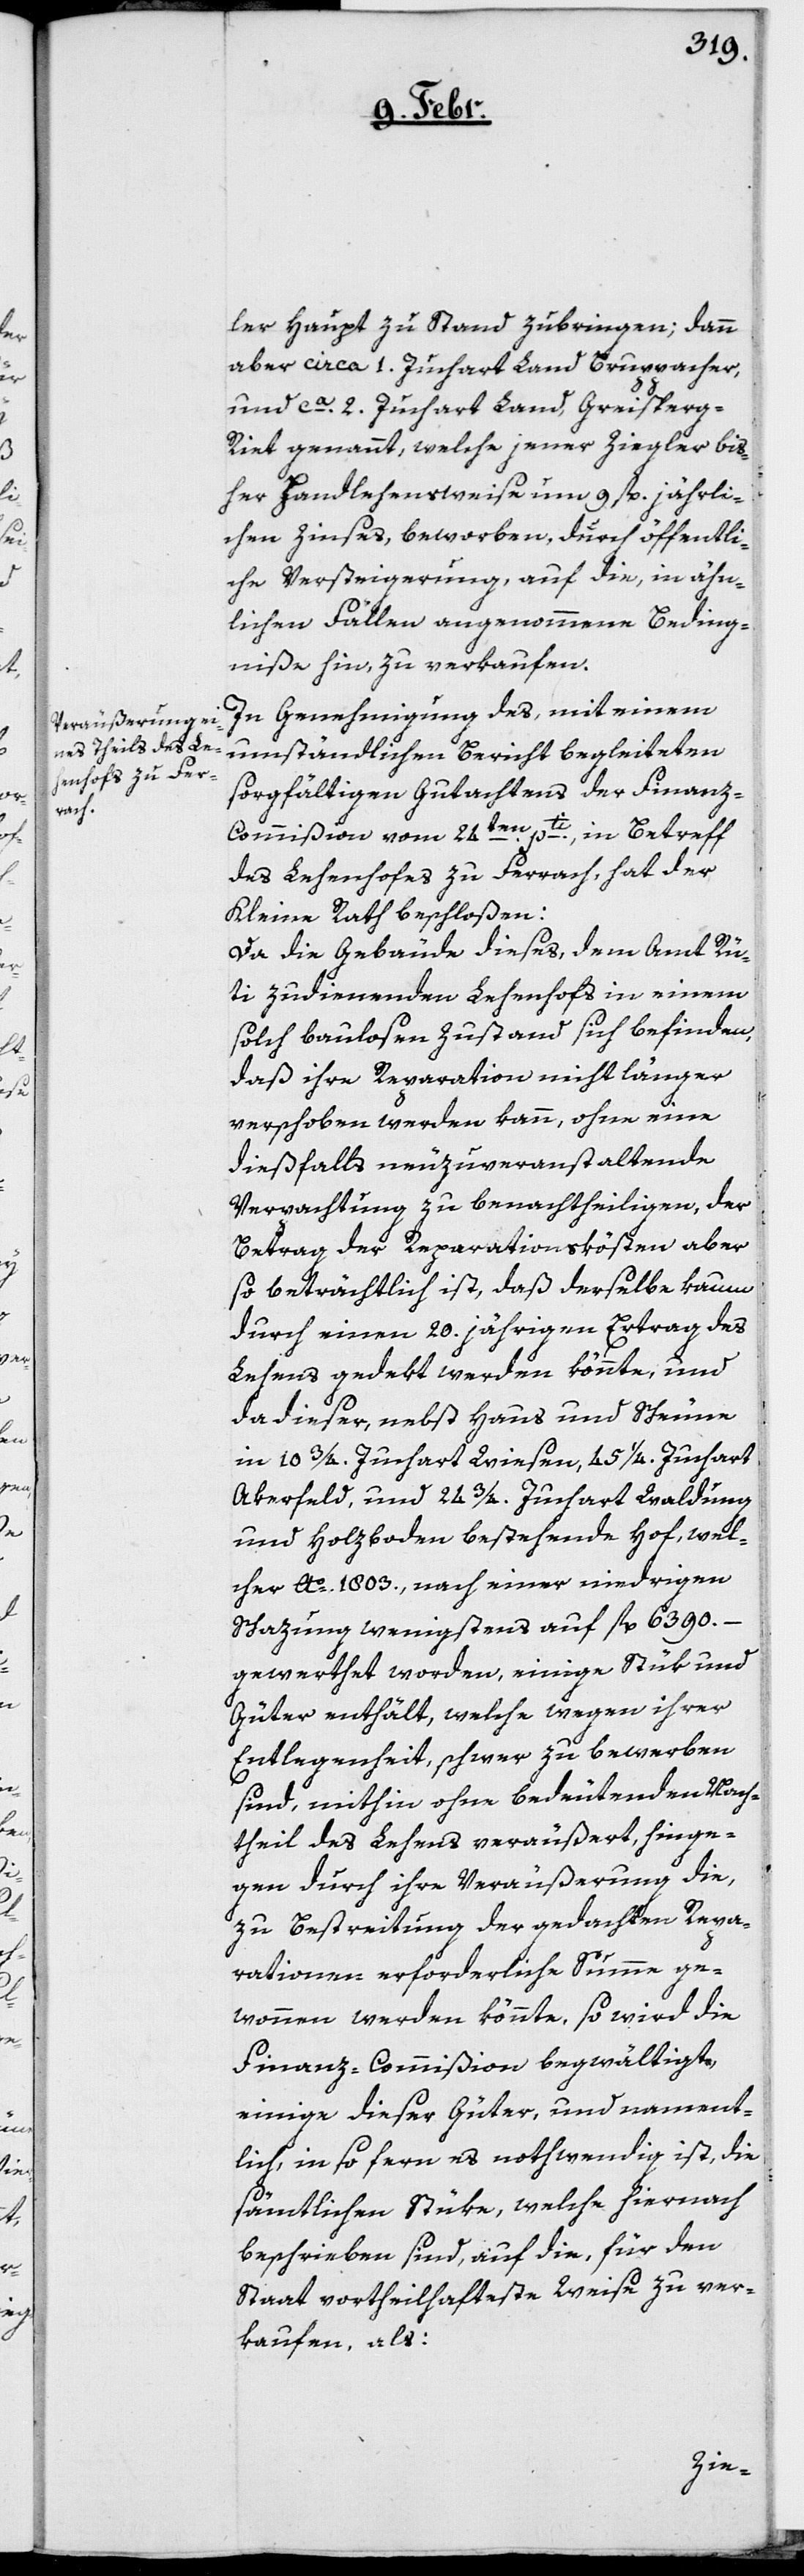
ler Haupt zu Stand zubringen; dann
aber circa 1. Juchart Land Bruppacher,
und ca. 2. Juchart Land, Greisperg-R¬
iet genannt, welche jener Ziegler bis¬
her handlehensweise um 9 fl. jährli¬
chen Zinses, beworben, durch öffentli¬
che Versteigerung, auf die, in ähn¬
lichen Fällen angenommene Beding¬
niße hin, zu verkaufen.
In Genehmigung des, mit einem
umständlichen Bericht begleiteten
sorgfältigen Gutachtens der Finanz-C¬
ommißion vom 24ten pti. in Betreff
des Lehenhofs zu Ferrach, hat der
Kleine Rath beschloßen:
Da die Gebäude dieses, dem Amt Rü¬
ti zudienenden Lehenhofs in einem
solch baulosen Zustand sich befinden,
daß ihre Reparation nicht länger
verschoben werden kann, ohne eine
dießfalls neuzuveranstaltende
Verpachtung zu benachtheiligen, der
Betrag der Reparationskösten aber
so beträchtlich ist, daß derselbe kaum
durch einen 20. jährigen Ertrag des
Lehens gedekt werden könnte, und
da dieser, nebst Haus und Scheune
in 10 3/4. Juchart Wiesen, 45 1/4 Juchart
Akerfeld, und 24 3/4. Juchart Waldung
und Holzboden bestehende Hof, wel¬
cher Ao. 1803., nach einer niedrigen
Schazung wenigstens auf fl. 6390. –
gewerthet worden, einige Stük und
Güter enthält, welche wegen ihrer
Entlegenheit schwer zu bewerben
sind, mithin ohne bedeutenden Nach¬
theil des Lehens veräußert, hinge¬
gen durch ihre Veräußerung die,
zu Bestreitung der gedachten Repa¬
rationen erforderliche Summe ge¬
wonnen werden könnte, so wird die
Finanz-Commißion begwältigt,
einige dieser Güter und nament¬
lich, in so fern es nothwendig ist, die
sämtlichen Stüke, welche hiernach
beschrieben sind, auf die, für den
Staat vortheilhafteste Weise zu ver¬
kaufen, als: